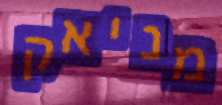
מניאק